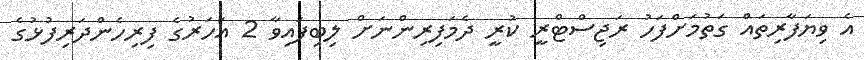
އެ ވިޔަފާރިތައް ގަތުމަށްފަހު ރަޖިސްޓްރީ ކުރީ ދެމަފިރިންނަށް ލިބިފައިވާ 2 އަހަރުގެ ފިރިހެންދަރިފުޅުގެ